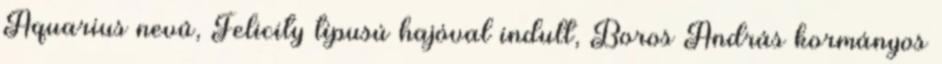
Aquarius nevû, Felicity típusú hajóval indult, Boros András kormányos